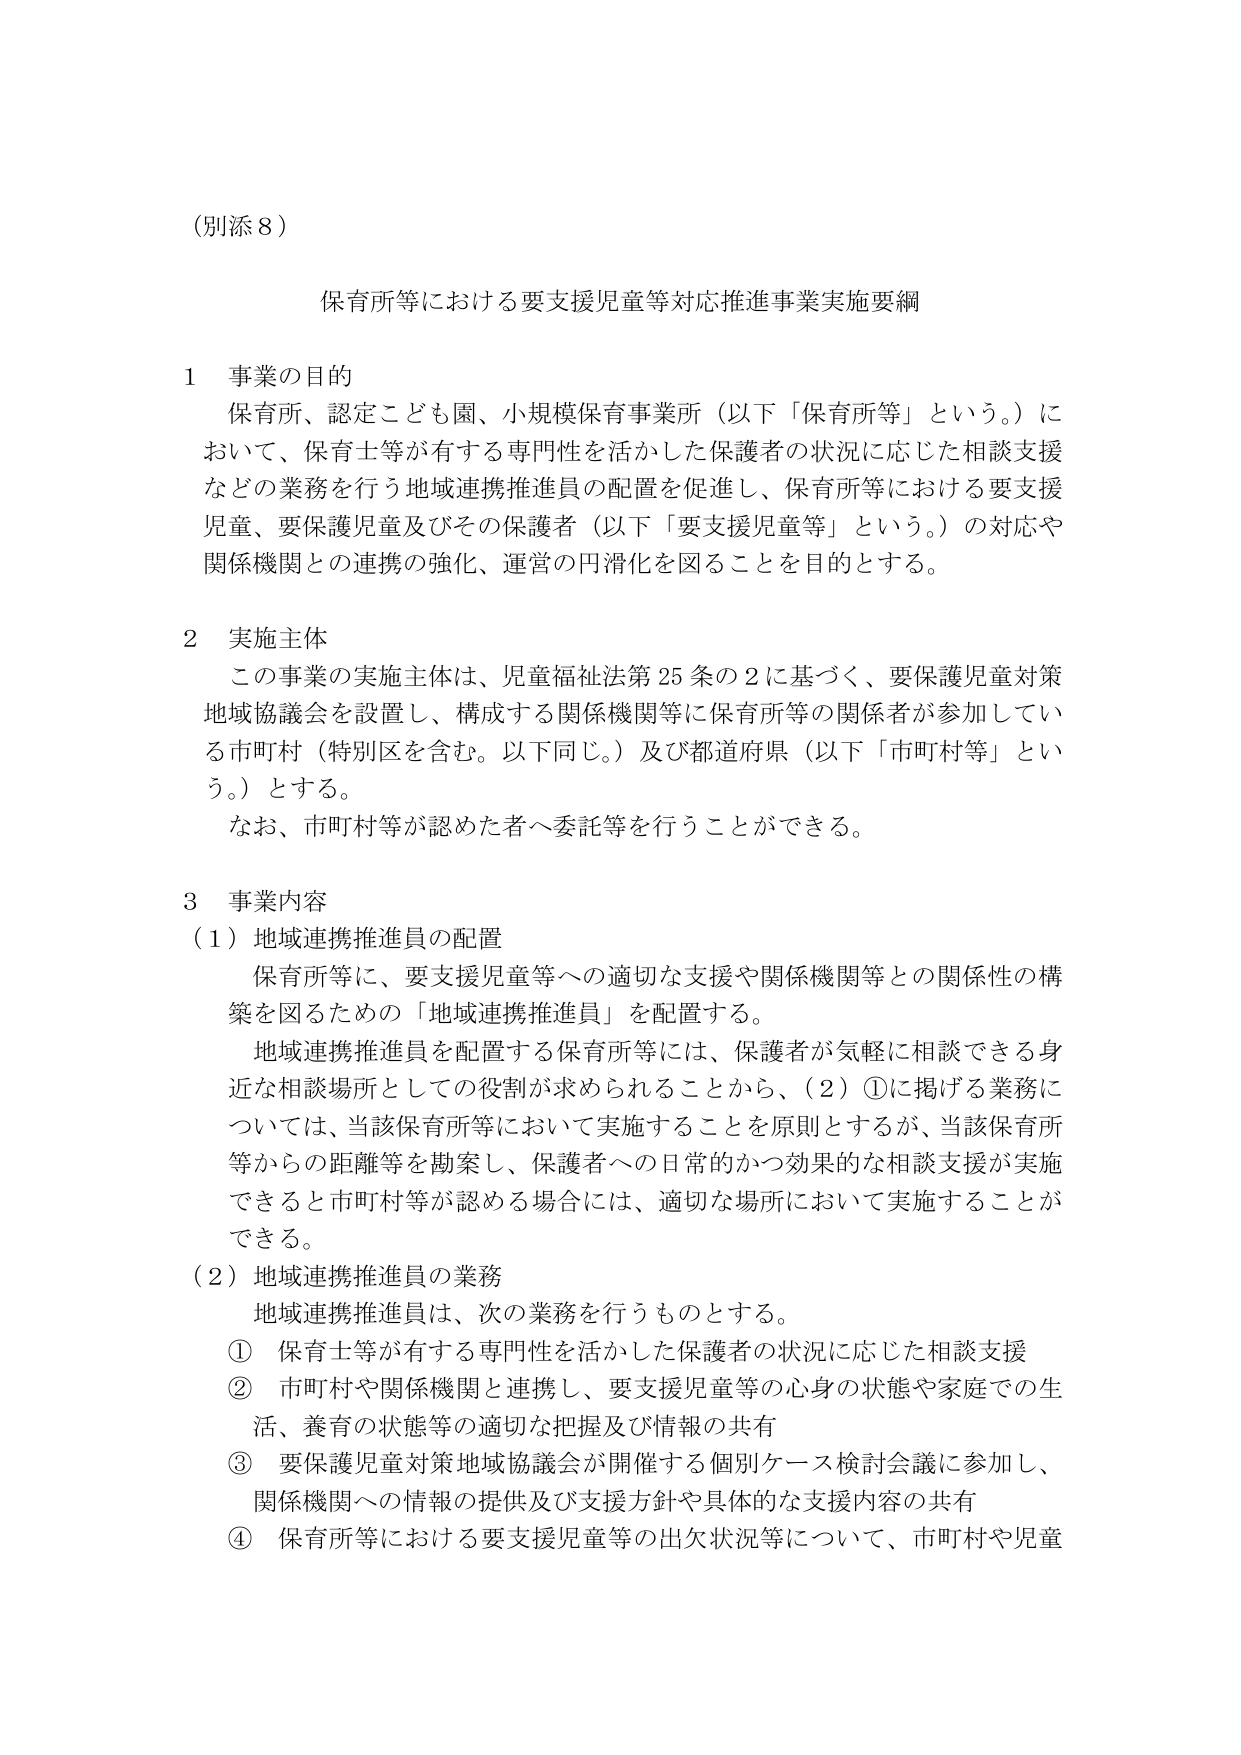
（別添８）

保育所等における要支援児童等対応推進事業実施要綱

１ 事業の目的
保育所、認定こども園、小規模保育事業所（以下「保育所等」という。）において、保育士等が有する専門性を活かした保護者の状況に応じた相談支援などの業務を行う地域連携推進員の配置を促進し、保育所等における要支援児童、要保護児童及びその保護者（以下「要支援児童等」という。）の対応や関係機関との連携の強化、運営の円滑化を図ることを目的とする。

２ 実施主体
この事業の実施主体は、児童福祉法第25条の2に基づく、要保護児童対策地域協議会を設置し、構成する関係機関等に保育所等の関係者が参加している市町村（特別区を含む。以下同じ。）及び都道府県（以下「市町村等」という。）とする。
なお、市町村等が認めた者へ委託等を行うことができる。

３ 事業内容
（１）地域連携推進員の配置
保育所等に、要支援児童等への適切な支援や関係機関等との関係性の構築を図るための「地域連携推進員」を配置する。
地域連携推進員を配置する保育所等には、保護者が気軽に相談できる身近な相談場所としての役割が求められることから、（２）①に掲げる業務については、当該保育所等において実施することを原則とするが、当該保育所等からの距離等を勘案し、保護者への日常的かつ効果的な相談支援が実施できると市町村等が認める場合には、適切な場所において実施することができる。

（２）地域連携推進員の業務
地域連携推進員は、次の業務を行うものとする。
① 保育士等が有する専門性を活かした保護者の状況に応じた相談支援
② 市町村や関係機関と連携し、要支援児童等の心身の状態や家庭での生活、養育の状態等の適切な把握及び情報の共有
③ 要保護児童対策地域協議会が開催する個別ケース検討会議に参加し、関係機関への情報の提供及び支援方針や具体的な支援内容の共有
④ 保育所等における要支援児童等の出欠状況等について、市町村や児童